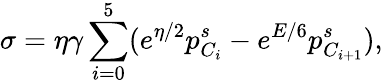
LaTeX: \sigma=\eta\gamma\sum_{i=0}^{5}(e^{\eta/2}p_{C_{i}}^{s}-e^{E/6}p_{C_{i+1}}^{s}),